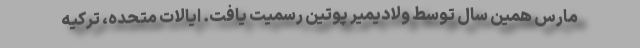
مارس همین سال توسط ولادیمیر پوتین رسمیت یافت. ایالات متحده، ترکیه